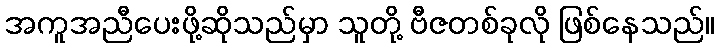
အကူအညီပေးဖို့ဆိုသည်မှာ သူတို့ ဗီဇတစ်ခုလို ဖြစ်နေသည်။